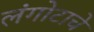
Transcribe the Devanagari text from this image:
लंगोटाचे